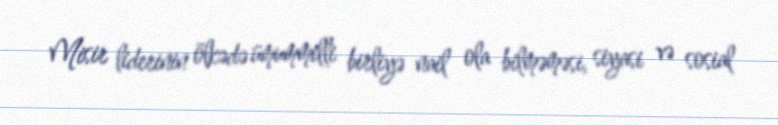
Misir liderinin ölkədə ümummilli birliyə nail ola bilməməsi, siyasi və sosial